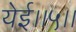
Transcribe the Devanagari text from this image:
येई।।५।।